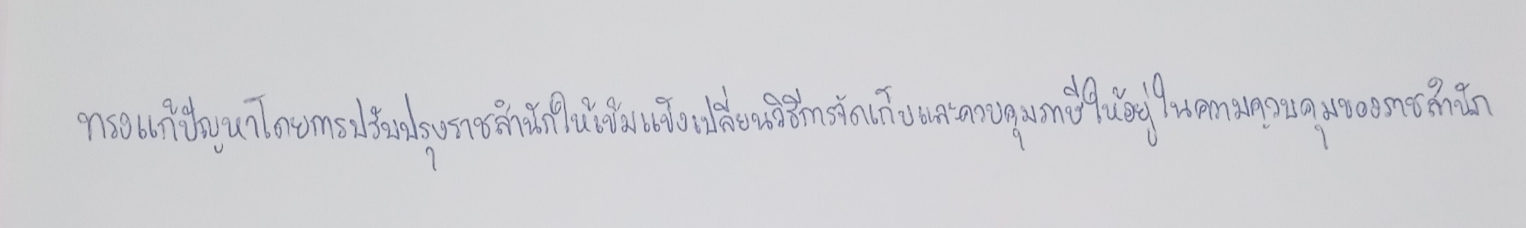
ทรงแก้ปัญหาโดยการปรับปรุงราชสำนักให้เข้มแข็งเปลี่ยนวิธีการจัดเก็บและควบคุมภาษีให้อยู่ในความควบคุมของราชสำนัก